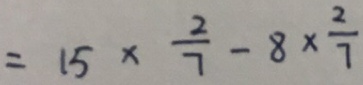
= 1 5 \times \frac { 2 } { 7 } - 8 \times \frac { 2 } { 7 }